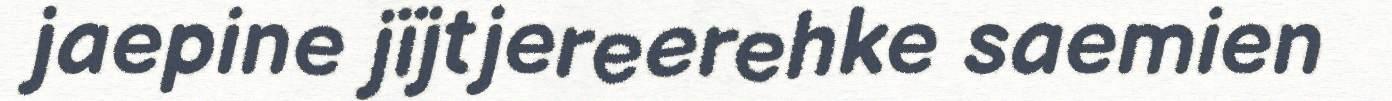
jaepine jïjtjereerehke saemien